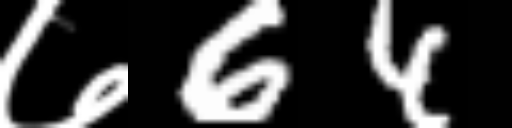
Text: ७64